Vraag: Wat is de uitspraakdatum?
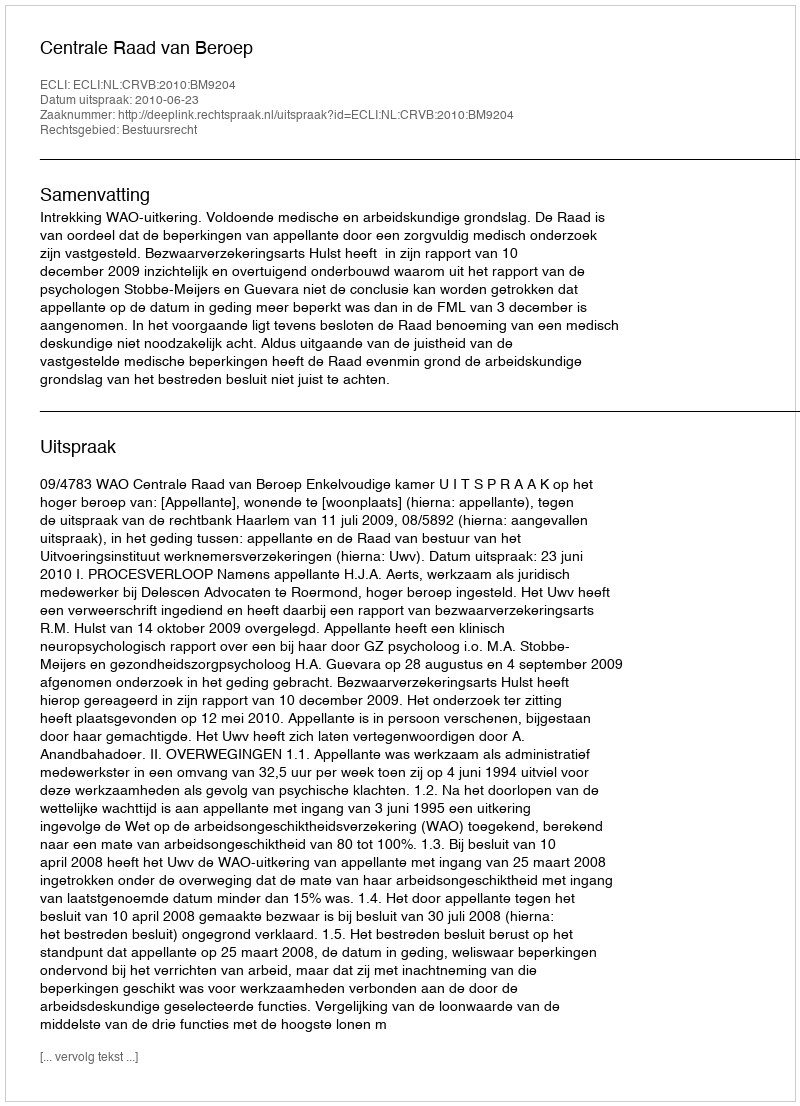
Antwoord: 2010-06-23